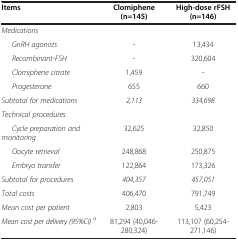
<table><thead><tr><td><b>Items</b></td><td><b>Clomiphene (n=145)</b></td><td><b>High-dose rFSH (n=146)</b></td></tr></thead><tbody><tr><td><i>Medications</i></td><td> </td><td> </td></tr><tr><td><i>GnRH agonists</i></td><td>-</td><td>13,434</td></tr><tr><td><i>Recombinant-FSH</i></td><td>-</td><td>320,604</td></tr><tr><td><i>Clomiphene citrate</i></td><td>1,459</td><td>-</td></tr><tr><td><i>Progesterone</i></td><td>655</td><td>660</td></tr><tr><td><i>Subtotal for medications</i></td><td><i>2,113</i></td><td><i>334,698</i></td></tr><tr><td><i>Technical procedures</i></td><td> </td><td> </td></tr><tr><td><i>Cycle preparation and monitoring</i></td><td>32,625</td><td>32,850</td></tr><tr><td><i>Oocyte retrieval</i></td><td>248,868</td><td>250,875</td></tr><tr><td><i>Embryo transfer</i></td><td>122,864</td><td>173,326</td></tr><tr><td><i>Subtotal for procedures</i></td><td><i>404,357</i></td><td><i>457,051</i></td></tr><tr><td><i>Total costs</i></td><td>406,470</td><td>791,749</td></tr><tr><td><i>Mean cost per patient</i></td><td>2,803</td><td>5,423</td></tr><tr><td><i>Mean cost per delivery (95%CI)</i><sup><i>a</i></sup></td><td>81,294 (40,046-280,324)</td><td>113,107 (60,254-271,146)</td></tr></tbody></table>